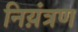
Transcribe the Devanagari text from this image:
निय़ंत्रण